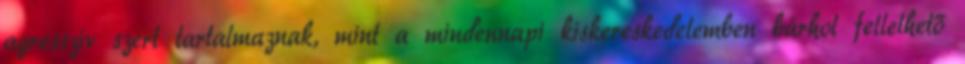
agresszív szert tartalmaznak, mint a mindennapi kiskereskedelemben bárhol fellelhető